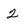
Character: 2